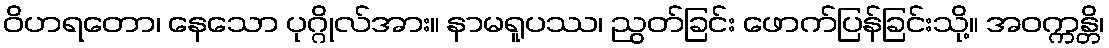
ဝိဟရတော၊ နေသော ပုဂ္ဂိုလ်အား။ နာမရူပဿ၊ ညွတ်ခြင်း ဖောက်ပြန်ခြင်းသို့။ အဝက္ကန္တိ၊